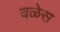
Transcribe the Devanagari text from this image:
वळेस